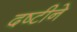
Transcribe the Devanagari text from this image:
दष्‍टीने